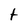
Character: t